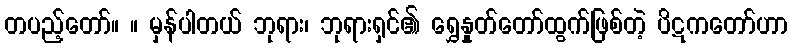
တပည့်တော်။ ။ မှန်ပါတယ် ဘုရား၊ ဘုရားရှင်၏ ရွှေနှုတ်တော်ထွက်ဖြစ်တဲ့ ပိဋကတော်ဟာ